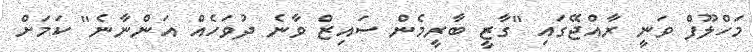
މަހްލޫފް ވަނީ ރާއްޖޭގައި "ގާޒީ ބާރީމެން ސައިޒް ވާނެ ދުވަހެއް އަންނާނެ" ކަމަށް